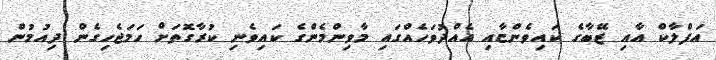
އަފްލާކް އާއި ޒޭބާގެ ކައިވެންޏާއި އެއްދުވަހެއްގައި މާވިންމެންގެ ކައިވެނި ކުރާގޮތަށް ހަމަޖެހިގެން ދިއުމުން